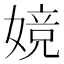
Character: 㜔